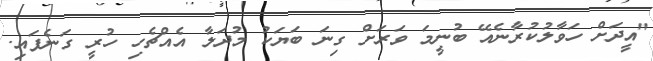
"އީދަށް ހަވާލުކުރާނެއޭ ބުނީމަ ވަރަށް ގިނަ ބަޔަކު މުދަލާ އެއްޗެހި ހުރީ ގަނެފައި.